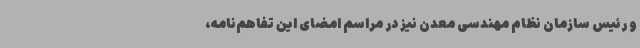
و رئیس سازمان نظام مهندسی معدن نیز در مراسم امضای این تفاهم‌نامه،